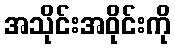
အသိုင်းအဝိုင်းကို